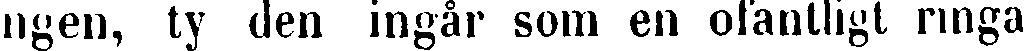
ingen, ty den ingår som en ofantligt ringa